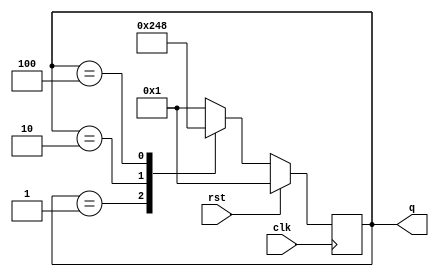

module RING_COUNTER(input clk,rst,output reg [3:0]q);

always@(posedge clk)
    begin
        if(rst)
        q<=4'd1;
        else
            begin
             case(q)
                4'd1:q=4'd2;
                4'd2:q=4'd4;
                4'd4:q=4'd8;
                4'd8:q=4'd1;
                default:q=4'd1;
                endcase
                
            end
        
    end

endmodule